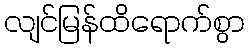
လျင်မြန်ထိရောက်စွာ